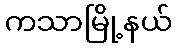
ကသာမြို့နယ်